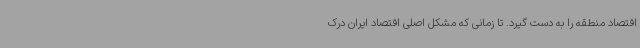
اقتصاد منطقه را به دست گیرد. تا زمانی که مشکل اصلی اقتصاد ایران درک